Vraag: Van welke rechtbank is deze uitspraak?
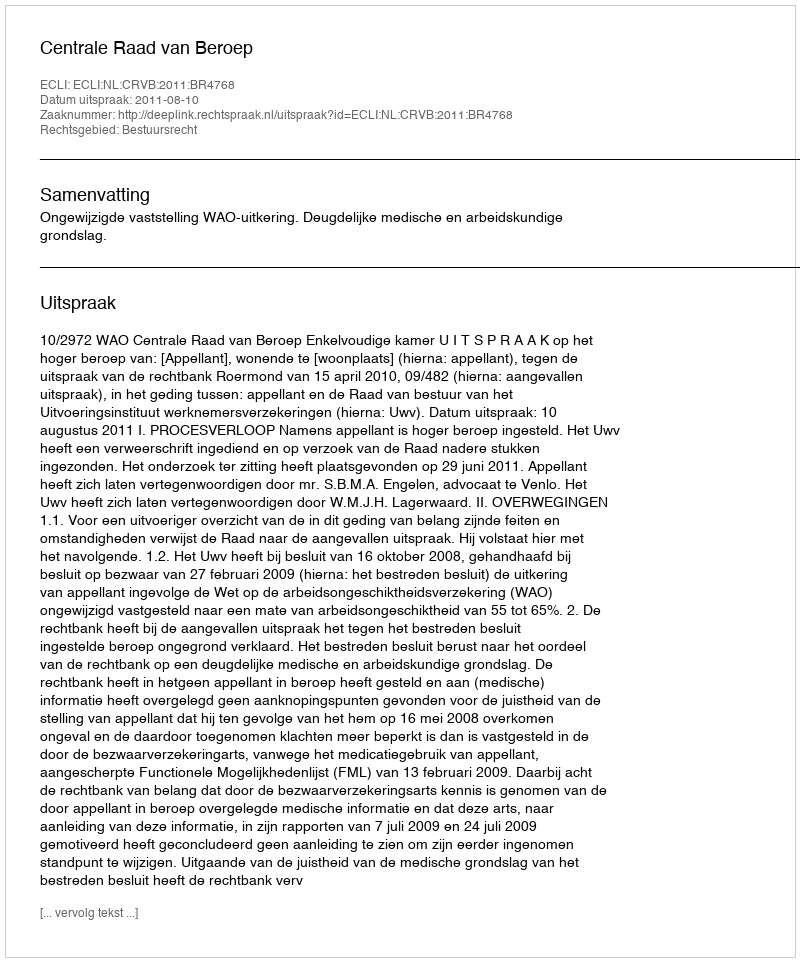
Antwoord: Centrale Raad van Beroep